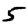
Digit: 5